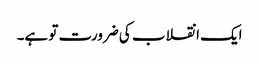
ایک انقلاب کی ضرورت تو ہے۔